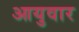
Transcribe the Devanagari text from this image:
आयुवार